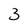
Character: 3